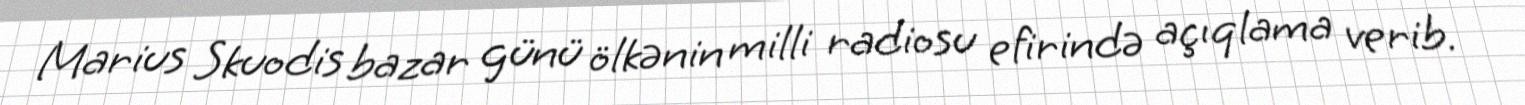
Marius Skuodis bazar günü ölkənin milli radiosu efirində açıqlama verib.